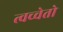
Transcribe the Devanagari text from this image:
त्वच्चेतो